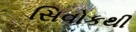
સિવોકથી